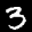
Label: 3